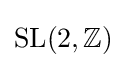
{\text{SL}}(2,\mathbb {Z} )